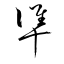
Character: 準